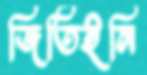
জিতিইনি